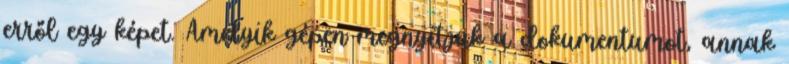
erről egy képet. Amelyik gépen megnyitjuk a dokumentumot, annak